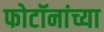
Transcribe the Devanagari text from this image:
फोटॉनांच्या